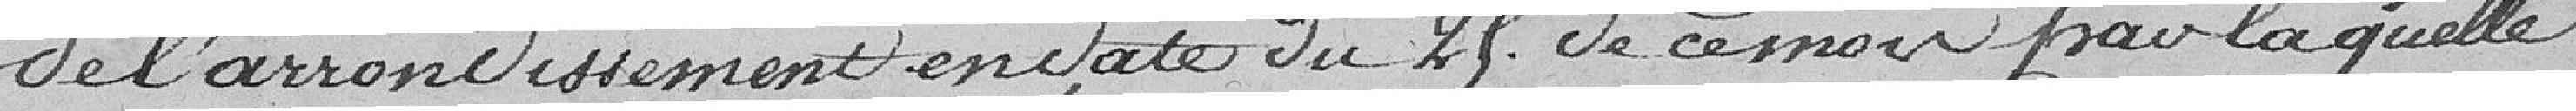
de l'arrondissement du 25 de ce mois par laquelle